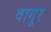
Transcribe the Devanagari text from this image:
वागूर